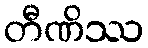
တီဏိဿ